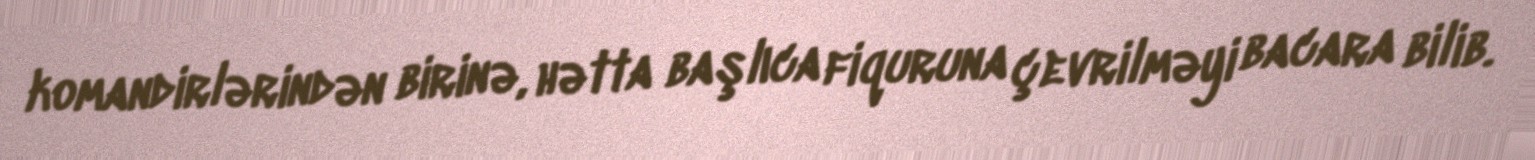
komandirlərindən birinə, hətta başlıca fiquruna çevrilməyi bacara bilib.